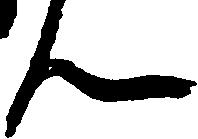
ん